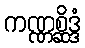
ကဏ္ဏစ္ဆိဒ္ဒံ